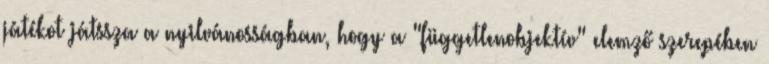
játékot játssza a nyilvánosságban, hogy a "függetlenobjektív" elemző szerepében